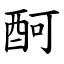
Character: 酠